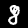
Digit: 8